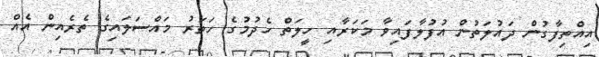
އިއްތިފާގުން ދައުލަތުން އުފުލާފައިވާ މަކަރާއި ހީލަތް ހެދުމުގެ ހަތަރު މައްސަަލައިގެ ތެރެއިން އެއް